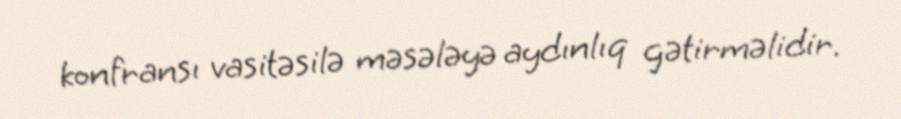
konfransı vasitəsilə məsələyə aydınlıq gətirməlidir.